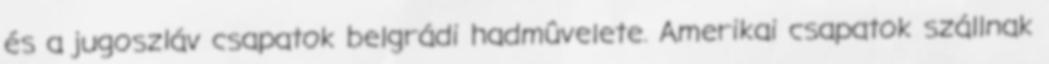
és a jugoszláv csapatok belgrádi hadmûvelete. Amerikai csapatok szállnak